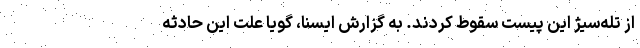
از تله‌سیژ این پیست سقوط کردند. به گزارش ایسنا، گویا علت این حادثه